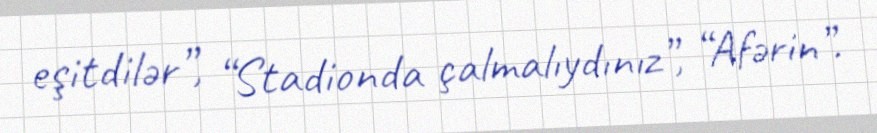
eşitdilər”, “Stadionda çalmalıydınız”, “Afərin”.